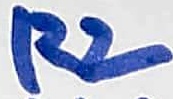
Text: R2